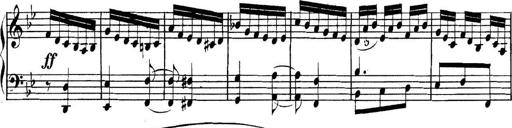
Title: Collected Piano Sonatas
Composer: Muzio Clementi